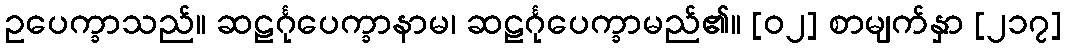
ဥပေက္ခာသည်။ ဆဠင်္ဂုပေက္ခာနာမ၊ ဆဠင်္ဂုပေက္ခာမည်၏။ [၀၂] စာမျက်နှာ [၂၁၇]